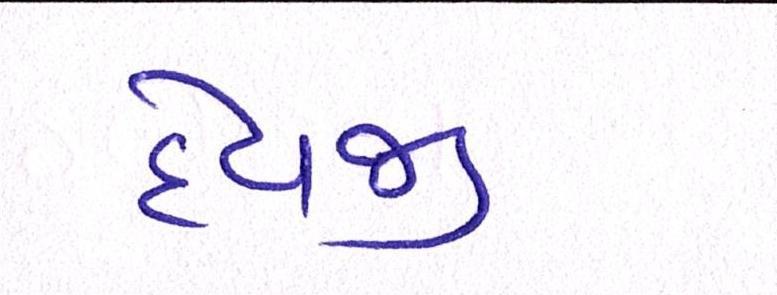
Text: દેવજી